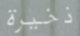
ذخيرة